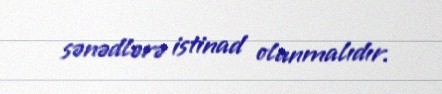
sənədlərə istinad olunmalıdır.